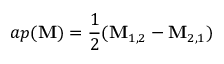
a p ( { \mathbf M } ) = \frac { 1 } { 2 } ( { \mathbf M } _ { 1 , 2 } - { \mathbf M } _ { 2 , 1 } )